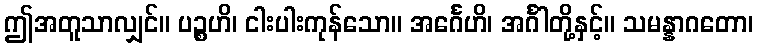
ဤအတူသာလျှင်။ ပဉ္စဟိ၊ ငါးပါးကုန်သော။ အင်္ဂေဟိ၊ အင်္ဂါတို့နှင့်။ သမန္နာဂတော၊